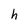
Character: h